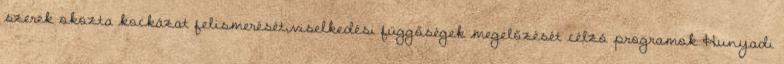
szerek okozta kockázat felismerését,viselkedési függőségek megelőzését célzó programok Hunyadi